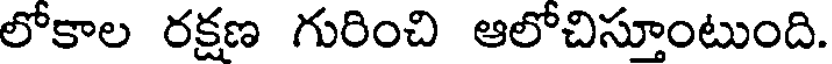
లోకాల రక్షణ గురించి ఆలోచిస్తూంటుంది.